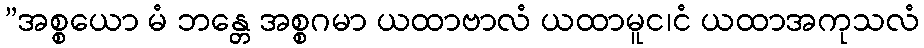
”အစ္စယော မံ ဘန္တေ အစ္စဂမာ ယထာဗာလံ ယထာမူင၊ငံ ယထာအကုသလံ